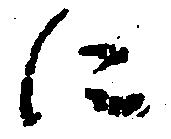
に